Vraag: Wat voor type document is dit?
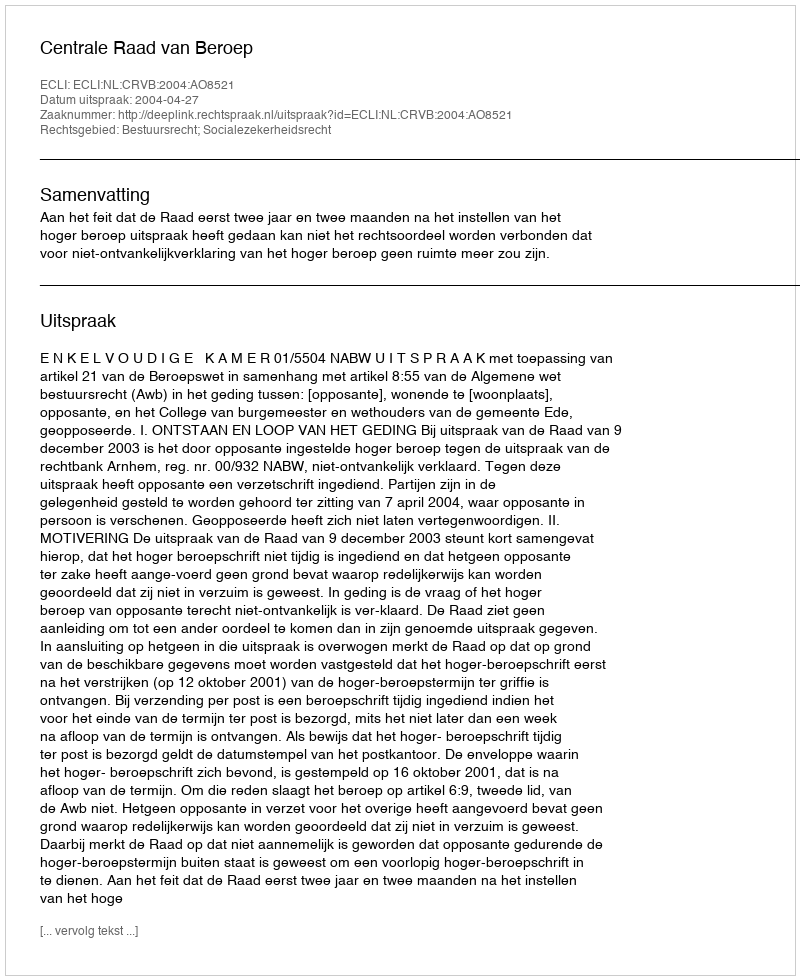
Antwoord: Uitspraak